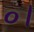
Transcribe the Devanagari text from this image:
०।